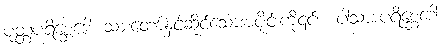
ပုတ္တပရိစ္ဆေဒေါ၊ သားတော်နှင့်ဆိုင်သောအပိုင်းကို၎င်း။ ပါသာဒပရိစ္ဆေဒေါ၊